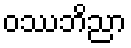
ဝဿဘိညာ